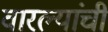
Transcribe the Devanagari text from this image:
वारल्यांची